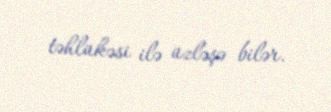
təhlükəsi ilə üzləşə bilər.